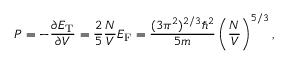
P = - { \frac { \partial E _ { \mathrm { { T } } } } { \partial V } } = { \frac { 2 } { 5 } } { \frac { N } { V } } E _ { \mathrm { F } } = { \frac { ( 3 \pi ^ { 2 } ) ^ { 2 / 3 } \hbar ^ { 2 } } { 5 m } } \left( { \frac { N } { V } } \right) ^ { 5 / 3 } ,